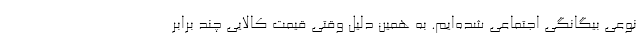
نوعی بیگانگی اجتماعی شده‌ایم. به همین دلیل وقتی قیمت کالایی چند برابر